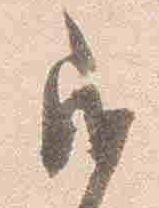
民